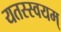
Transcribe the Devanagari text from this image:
यतस्स्वयम्